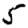
Digit: 5